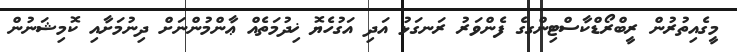
މީގެއިތުރުން ރީބްރޯޑްކާސްޓިންގގެ ފެންވަރު ރަނގަޅު އަދި އަގުހެޔޮ ޚިދުމަތެއް ޢާންމުންނަށް ދިނުމަށާއި ކޮމިޝަނުން